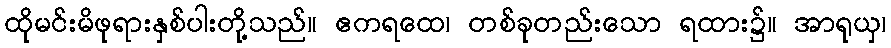
ထိုမင်းမိဖုရားနှစ်ပါးတို့သည်။ ဧကရထေ၊ တစ်ခုတည်းသော ရထား၌။ အာရုယှ၊